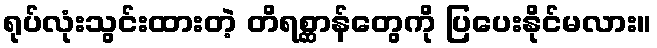
ရုပ်လုံးသွင်းထားတဲ့ တိရစ္ဆာန်တွေကို ပြပေးနိုင်မလား။